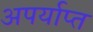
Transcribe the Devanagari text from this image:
अपर्याप्‍त